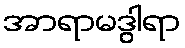
အာရာမဒွါရာ